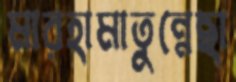
মারহামাতুন্নেছা